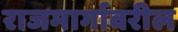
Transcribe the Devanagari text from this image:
राजमार्गावरील